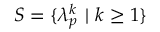
S = \{ \lambda _ { p } ^ { k } \ | \ k \geq 1 \}